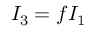
I _ { 3 } = f I _ { 1 }